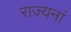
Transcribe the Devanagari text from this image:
राज्यनां